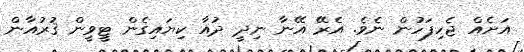
އަށެއް ޖެހިފަހުން ނެވެ. އެރޭ އޭނާ ނިދީ ދުއާ ކިޔައިގެން ޓީވީން ޤުރުއާން